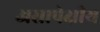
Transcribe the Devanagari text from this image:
असापेक्षीय